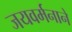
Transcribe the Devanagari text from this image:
जयवर्मनाने